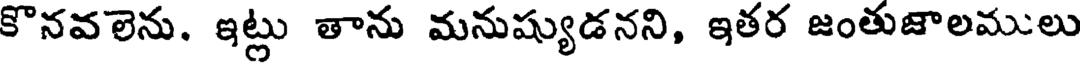
కొనవలెను. ఇట్లు తాను మనుష్యుడనని, ఇతర జంతుజాలములు